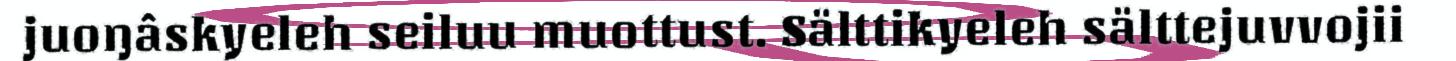
juoŋâskyeleh seiluu muottust. Sälttikyeleh sälttejuvvojii